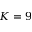
K = 9